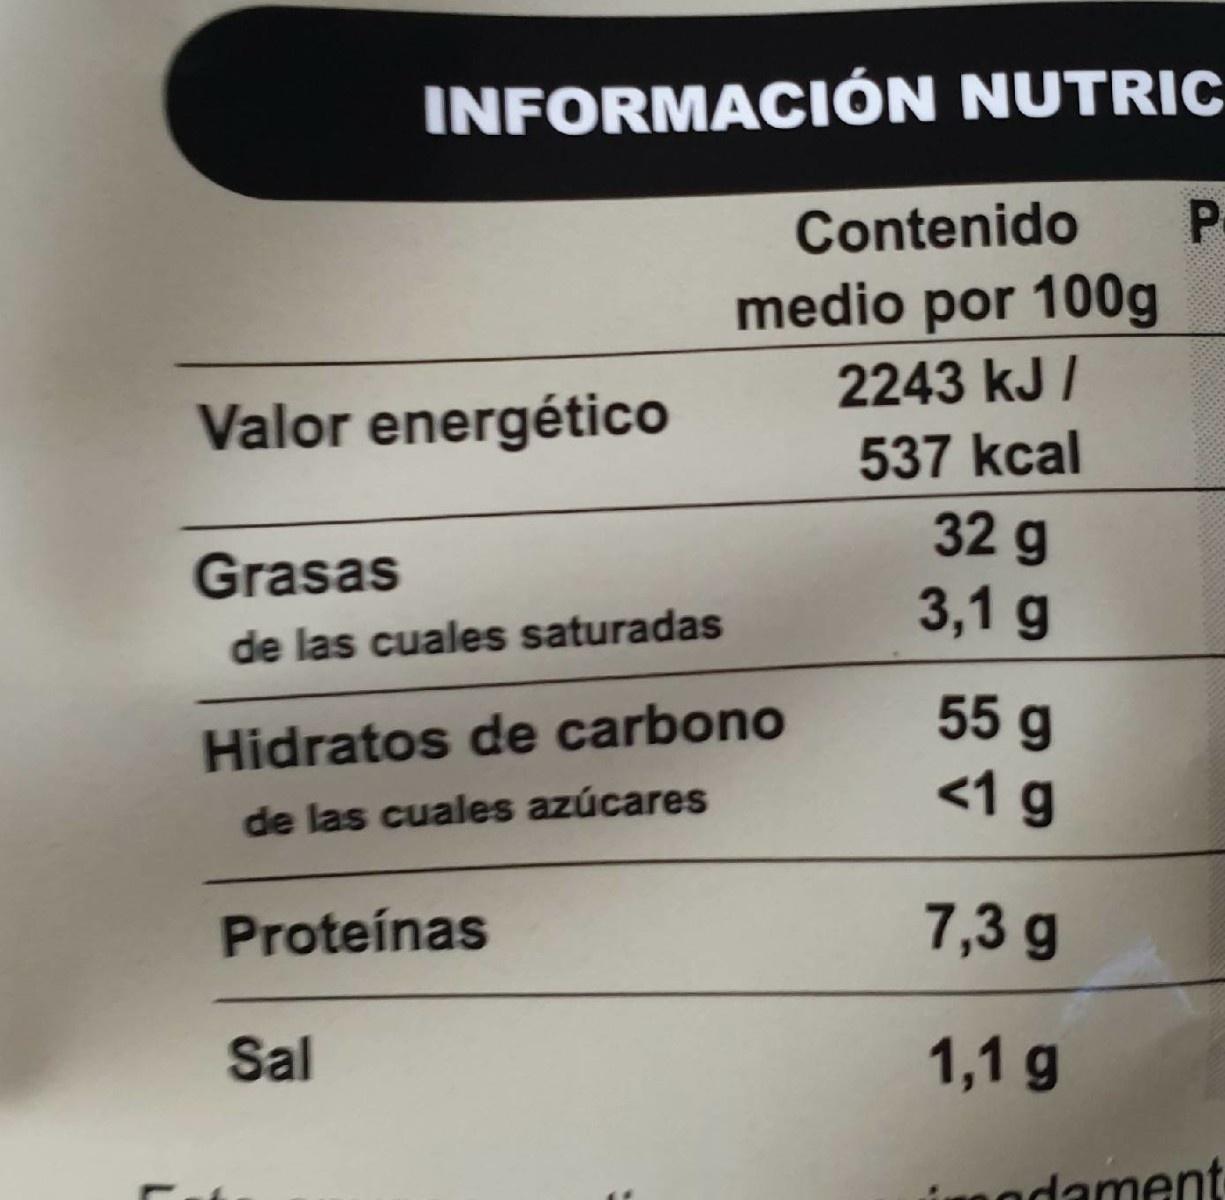
INFORMACIÓN NUTRIC
Contenido
medio por 100g
2243 kJ /
Valor energético
537 kcal
32 g 3,1 g
Grasas
de las cuales saturadas
55 g <1 g
Hidratos de carbono
de las cuales azúcares
Proteínas
7,3 g
Sal
1,1 g
isadament